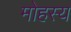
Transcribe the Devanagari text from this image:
मोहस्य